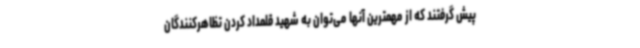
پیش گرفتند که از مهمترین آنها می‌توان به شهید قلمداد کردن تظاهرکنندگان